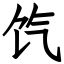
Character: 饩